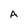
Character: A